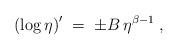
LaTeX: \begin{align*}\left(\log \eta\right)^{\prime} \;=\; \pm B\, \eta^{\beta -1} \; ,\end{align*}